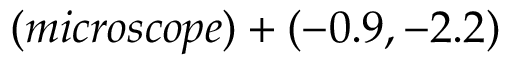
( m i c r o s c o p e ) + ( - 0 . 9 , - 2 . 2 )